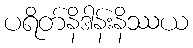
ပရိတ်နိဒါန်းနိဿယ